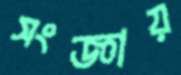
সংজ্ঞায়